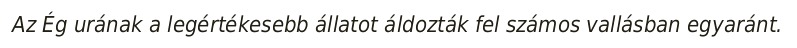
Az Ég urának a legértékesebb állatot áldozták fel számos vallásban egyaránt.